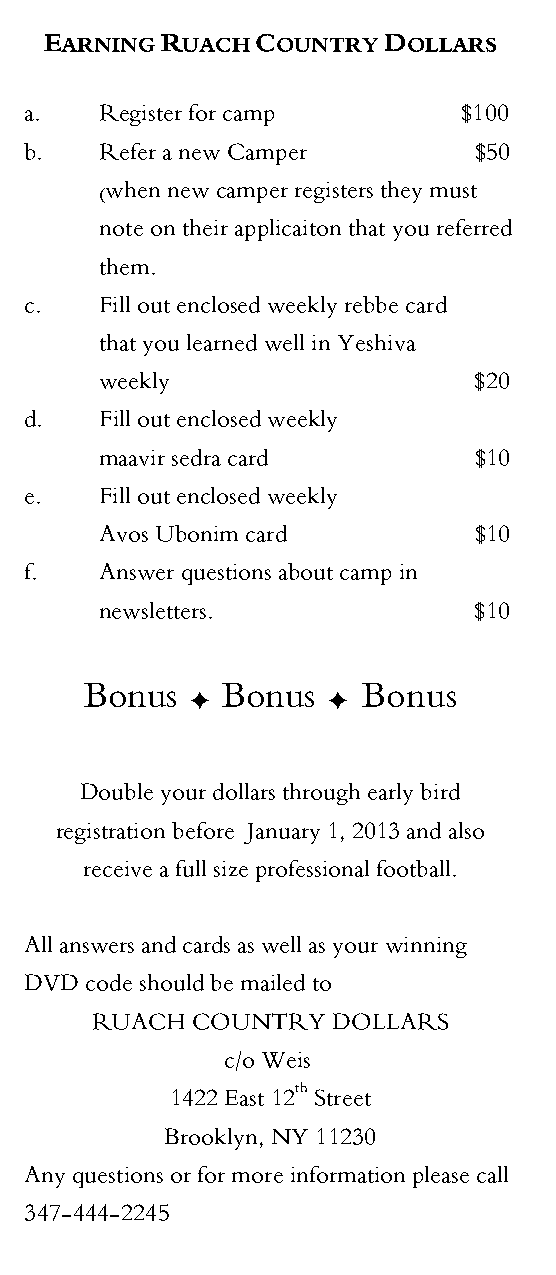
$5  PRIZES
 EARNING RUACH COUNTRY  DOLLARS
 25.  KNOCK  DOWN  THE  PINS         a.   Register for camp       $100
 CAMP   AGUDAH    RUACH
 Summer Bowling For Your Bunk    b.   Refer a new Camper       $50
 (when new camper registers they must      COUNTRY
 26.  CHEER  THERE                        note on their applicaiton that you referred
 Presents
 Travel to Intercamp Game             them.
 c.   Fill out enclosed weekly rebbe card A Wintertime   Chinese
 27.  SLEEPAWAY
 that you learned well in Yeshiva
 Overnight With Wiskey                                                           Auction
 weekly                   $20
 d.   Fill out enclosed weekly                  REUNION
 28.  RUNAWAY
 maavir sedra card        $10                
 Trip to Shoprite For Your Bunk
 e.   Fill out enclosed weekly                  
 Avos Ubonim card         $10
 f.   Answer questions about camp in
 newsletters.             $10           FEBRUARY  9, 2013
 Bonus  g Bonus  g Bonus                         AT
 29.  LEKOVOD  SHABBOS
 Shabbos Package                                                                  8:30 PM
 Double your dollars through early bird
 Pickles, Hot Peppers, Soda & Kokosh
 registration before January 1, 2013 and also BAIS YAAKOV OF BORO PARK
 TH
 30.  BROCHA                             receive a full size professional football. 1371 46 STREET
 Personal Brocha from a
 BROOKLYN,  NY
 Shabbos Godol with a picture    All answers and cards as well as your winning
 DVD code should be mailed to
 RUACH  COUNTRY  DOLLARS
 c/o Weis
 th
 1422 East 12 Street       Out of Towners who are unable to attend should
 Brooklyn, NY 11230         please mail in their orders before Feb 4, 2013 to
 Any questions or for more information please call ensure your inclusion in the auction.
 347-444-2245